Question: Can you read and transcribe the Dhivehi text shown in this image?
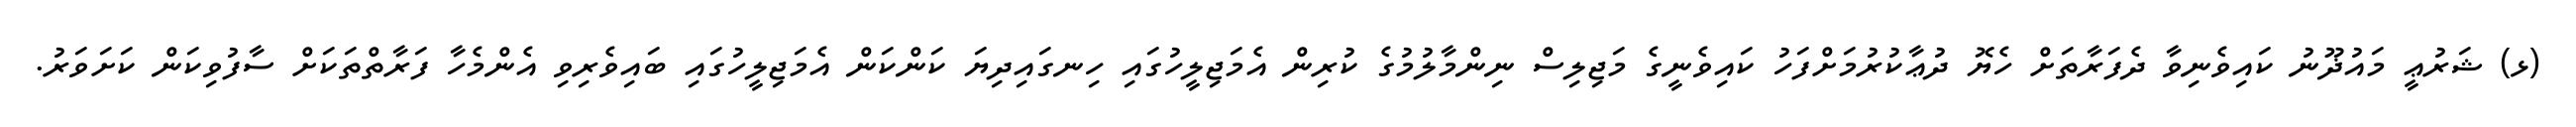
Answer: (ޅ) ޝަރުޢީ މައުޛޫނު ކައިވެނިވާ ދެފަރާތަށް ހެޔޮ ދުޢާކުރުމަށްފަހު ކައިވެނީގެ މަޖިލިސް ނިންމާލުމުގެ ކުރިން އެމަޖިލީހުގައި ހިނގައިދިޔަ ކަންކަން އެމަޖިލީހުގައި ބައިވެރިވި އެންމެހާ ފަރާތްތަކަށް ސާފުވިކަން ކަށަވަރު.